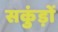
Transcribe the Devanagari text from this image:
सकुंड़ों